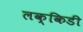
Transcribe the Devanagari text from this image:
लक्किडी